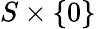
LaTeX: S\times\{ 0\}